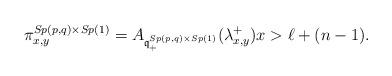
LaTeX: \begin{align*} \pi^{Sp(p,q)\times Sp(1)}_{x,y} = A_{{\mathfrak q}^{Sp(p,q)\times Sp(1)}_+}(\lambda^+_{x,y}) x > \ell + (n-1).\end{align*}